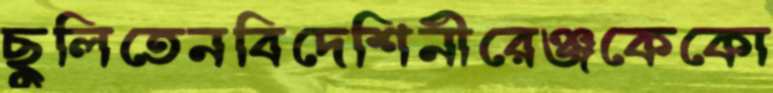
ছুলিতেনবিদেশিনীরেঞ্জকেকো